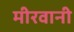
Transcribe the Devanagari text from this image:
मीरवानी